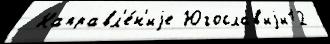
 Направл'е́н'иjе Югослав'иjи12